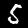
Label: 5